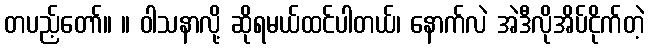
တပည့်တော်။ ။ ဝါသနာလို့ ဆိုရမယ်ထင်ပါတယ်၊ နောက်လဲ အဲဒီလိုအိပ်ငိုက်တဲ့